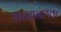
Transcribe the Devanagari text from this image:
बरमानलक